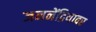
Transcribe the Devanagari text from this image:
जननेंद्रियावर